Leaving Certificate Examination (including Day School Certificate (Higher) General paper), 1938
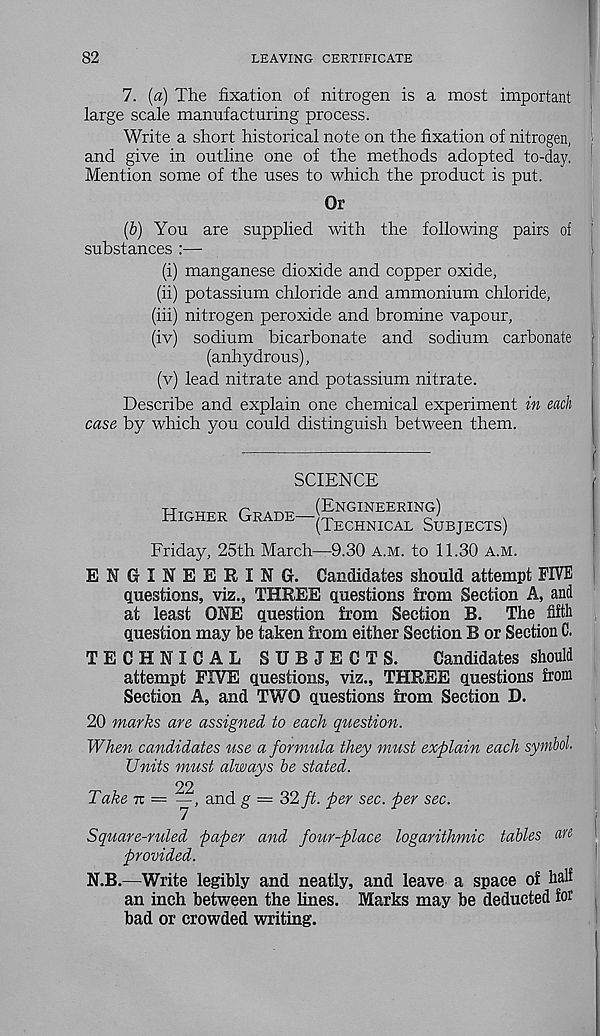
82
LEAVING CERTIFICATE
7. (a) The fixation of nitrogen is a most important
large scale manufacturing process.
Write a short historical note on the fixation of nitrogen,
and give in outline one of the methods adopted to-day.
Mention some of the uses to which the product is put.
Or
[b) You are supplied with the following pairs of
substances :—
(i) manganese dioxide and copper oxide,
(ii) potassium chloride and ammonium chloride,
(iii) nitrogen peroxide and bromine vapour,
(iv) sodium bicarbonate and sodium carbonate
(anhydrous),
(v) lead nitrate and potassium nitrate.
Describe and explain one chemical experiment in each
case by which you could distinguish between them.
SCIENCE
Higher Grade—
(Engineering)
(Technical Subjects)
Friday, 25th March—9.30 a.m. to 11.30 a.m.
ENGINEERING. Candidates should attempt FIVE
questions, viz., THREE questions from Section A, and
at least ONE question from Section B. The fifth
question may be taken from either Section B or Section C.
TECHNICAL SUBJECTS.
Candidates should
attempt FIVE questions, viz., THREE questions from
Section A, and TWO questions from Section D.
20 marks are assigned to each question.
When candidates use a formula they must explain each symbol
Units must always be stated.
22
Take tc — y, and g — 32 ft. per sec. per sec.
Square-ruled paper and four-place logarithmic tables an
provided.
N.B.—Write legibly and neatly, and leave a space of half
an inch between the lines. Marks may be deducted for
bad or crowded writing.
f
I
!